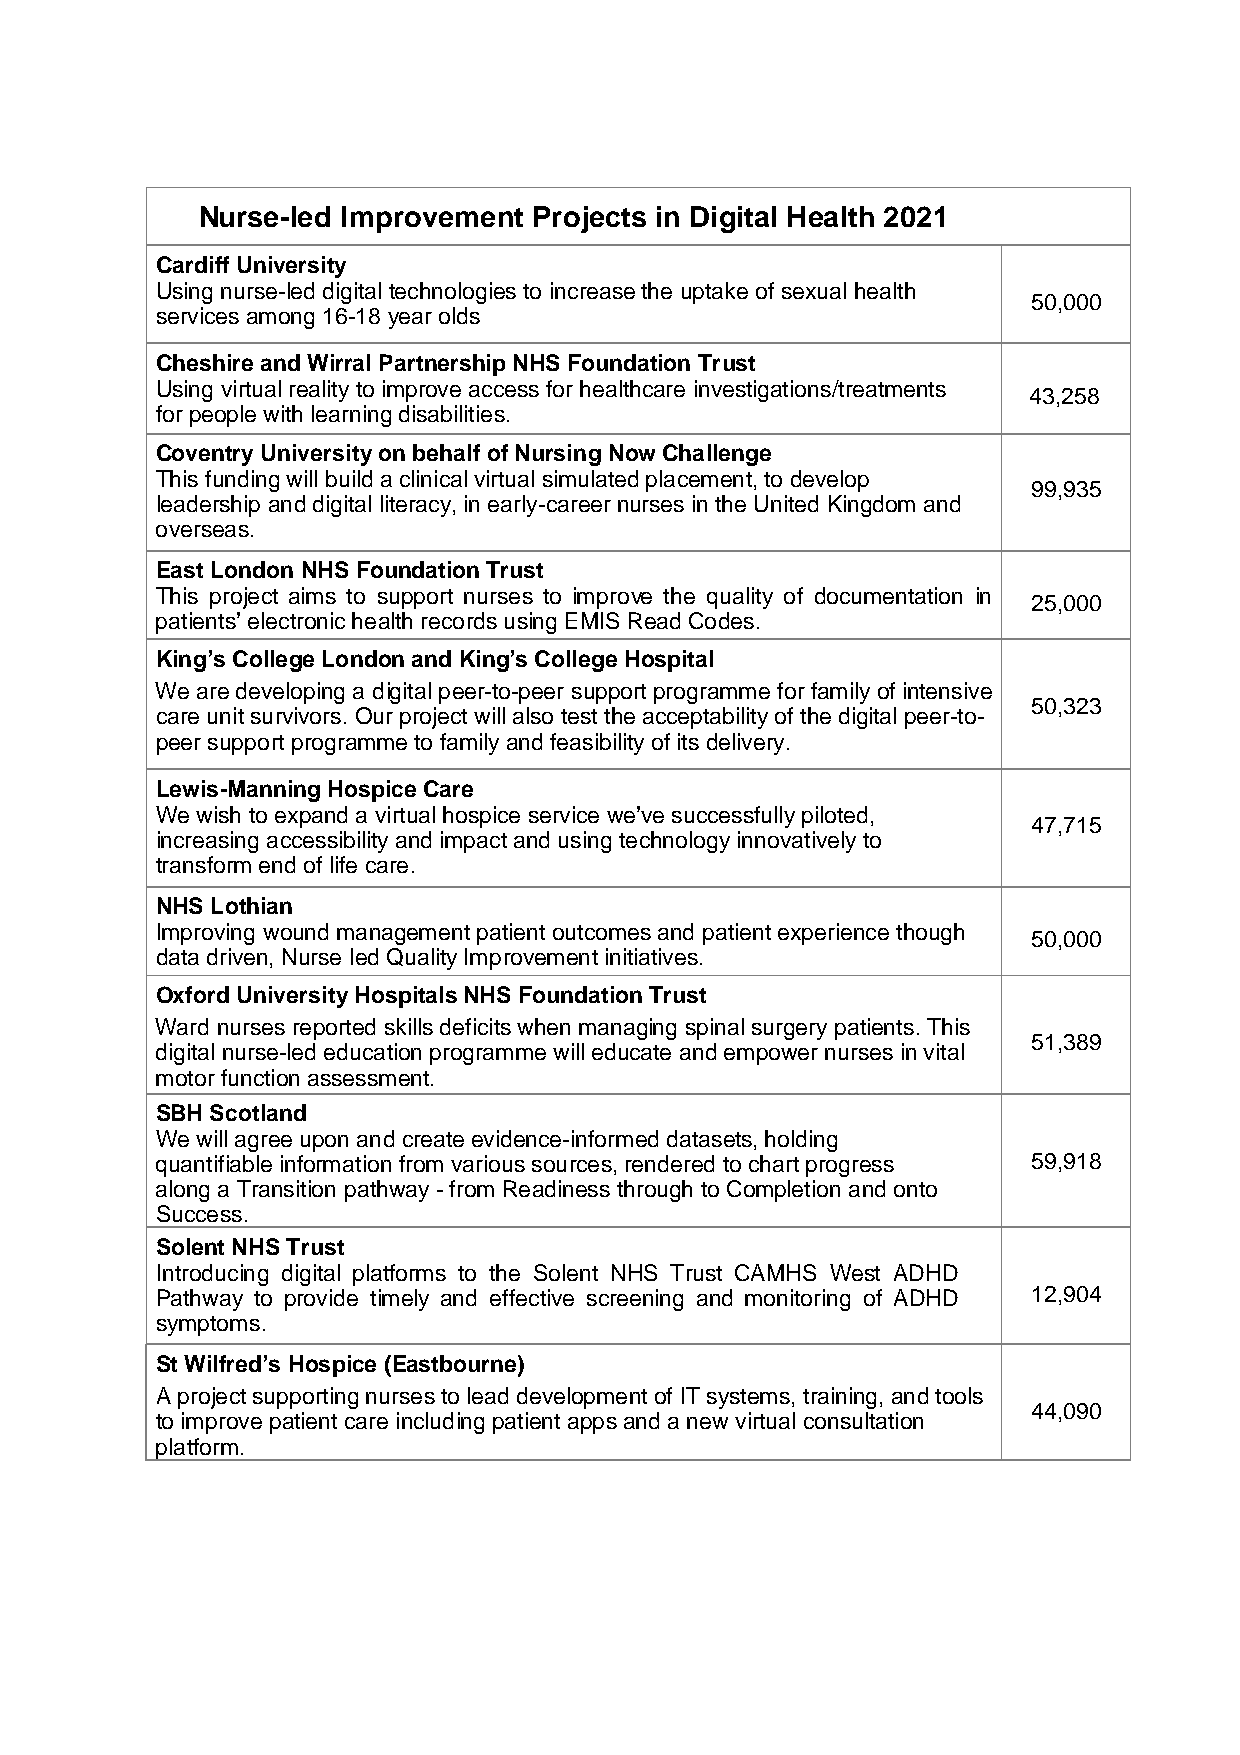
Nurse-led Improvement Projects in Digital Health 2021
 Cardiff University
 Using nurse-led digital technologies to increase the uptake of sexual health
 50,000
 services among 16-18 year olds
 Cheshire and Wirral Partnership NHS Foundation Trust
 Using virtual reality to improve access for healthcare investigations/treatments
 43,258
 for people with learning disabilities.
 Coventry University on behalf of Nursing Now Challenge
 This funding will build a clinical virtual simulated placement, to develop
 99,935
 leadership and digital literacy, in early-career nurses in the United Kingdom and
 overseas.
 East London NHS Foundation Trust
 This project aims to support nurses to improve the quality of documentation in
 25,000
 patients’ electronic health records using EMIS Read Codes.
 King’s College London and King’s College Hospital
 We are developing a digital peer-to-peer support programme for family of intensive
 50,323
 care unit survivors. Our project will also test the acceptability of the digital peer-to-
 peer support programme to family and feasibility of its delivery.
 Lewis-Manning Hospice Care
 We wish to expand a virtual hospice service we’ve successfully piloted,
 47,715
 increasing accessibility and impact and using technology innovatively to
 transform end of life care.
 NHS Lothian
 Improving wound management patient outcomes and patient experience though
 50,000
 data driven, Nurse led Quality Improvement initiatives.
 Oxford University Hospitals NHS Foundation Trust
 Ward nurses reported skills deficits when managing spinal surgery patients. This
 51,389
 digital nurse-led education programme will educate and empower nurses in vital
 motor function assessment.
 SBH Scotland
 We will agree upon and create evidence-informed datasets, holding
 quantifiable information from various sources, rendered to chart progress 59,918
 along a Transition pathway - from Readiness through to Completion and onto
 Success.
 Solent NHS Trust
 Introducing digital platforms to the Solent NHS Trust CAMHS West ADHD
 Pathway to provide timely and effective screening and monitoring of ADHD 12,904
 symptoms.
 St Wilfred’s Hospice (Eastbourne)
 A project supporting nurses to lead development of IT systems, training, and tools
 44,090
 to improve patient care including patient apps and a new virtual consultation
 platform.